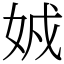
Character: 𡜐